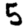
Digit: 5